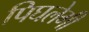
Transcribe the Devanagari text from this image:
पिघलेगी